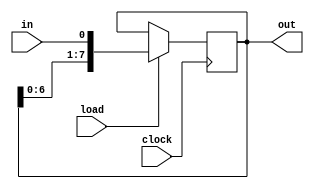
// *************************
// * shift_register_l*
// *************************
//      .
// 
// =  =
// [] in   :  .
// [] load :  .
// [] clock: .
//
// =  =
// [] out [W]:  .
//
// =  =
// [integer] W    [8]:   .
// [integer] Mode [0]:  :
//   Mode == 0 -     ,     ;
//   Mode == 1 -     ,     .
// 
// =    =
// W >= 1
// Mode in {0, 1}
//
// =  =
// * @ posedge clock, load == 1, Mode == 0:
//   out <- {out[W-2:0], in}
// * @ posedge clock, load == 1, Mode == 1:
//   out <- {in, out[W-1:1]}
// 
// =   =
//  
// 2018
module shift_register_l(in, load, clock, out);
  parameter integer W = 8;
  parameter integer Mode = 0;
  input in, load, clock;
  output reg [W-1:0] out;
  
  always @(posedge clock)
    if(load)
    begin
      if(Mode == 0) out <= {out[W-2:0], in};
      else out <= {in, out[W-1:1]};
    end
endmodule